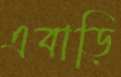
এবাড়ি